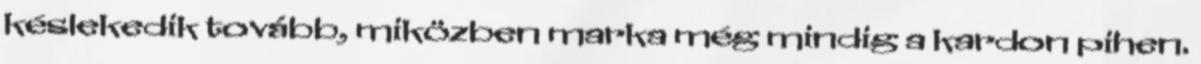
késlekedik tovább, miközben marka még mindig a kardon pihen.